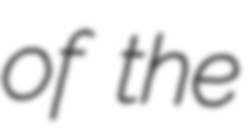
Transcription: of the